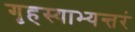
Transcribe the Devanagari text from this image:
गृहस्याभ्यन्तरं